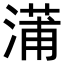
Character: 𬈩